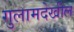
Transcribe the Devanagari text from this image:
गुलामदेखील